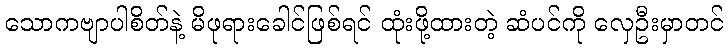
သောကဗျာပါစိတ်နဲ့ မိဖုရားခေါင်ဖြစ်ရင် ထုံးဖို့ထားတဲ့ ဆံပင်ကို လှေဦးမှာတင်